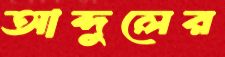
আব্দুলের